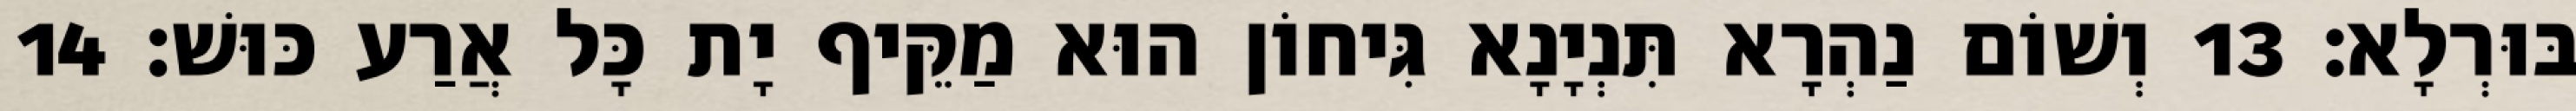
בּוּרְלָא׃ 13 וְשׁוֹם נַהְרָא תִּנְיָנָא גִּיחוֹן הוּא מַקֵּיף יָת כָּל אֲרַע כּוּשׁ׃ 14